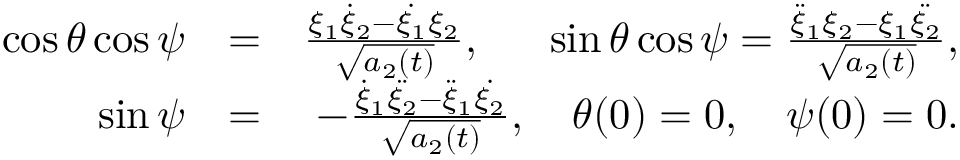
\begin{array} { r l r } { \cos { \theta } \cos { \psi } } & { = } & { \frac { \xi _ { 1 } \dot { \xi } _ { 2 } - \dot { \xi _ { 1 } } \xi _ { 2 } } { \sqrt { a _ { 2 } ( t ) } } , \quad \; \; \sin { \theta } \cos { \psi } = \frac { \ddot { \xi } _ { 1 } \xi _ { 2 } - \xi _ { 1 } \ddot { \xi _ { 2 } } } { \sqrt { a _ { 2 } ( t ) } } , } \\ { \sin { \psi } } & { = } & { - \frac { \dot { \xi } _ { 1 } \ddot { \xi _ { 2 } } - \ddot { \xi } _ { 1 } \dot { \xi _ { 2 } } } { \sqrt { a _ { 2 } ( t ) } } , \quad \theta ( 0 ) = 0 , \quad \psi ( 0 ) = 0 . } \end{array}